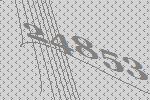
24853